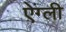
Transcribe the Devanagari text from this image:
ऐंग्ली